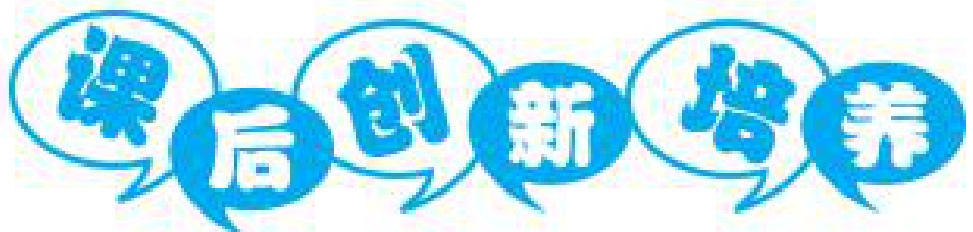
课 后 创 新 培 养